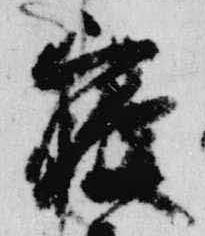
寝